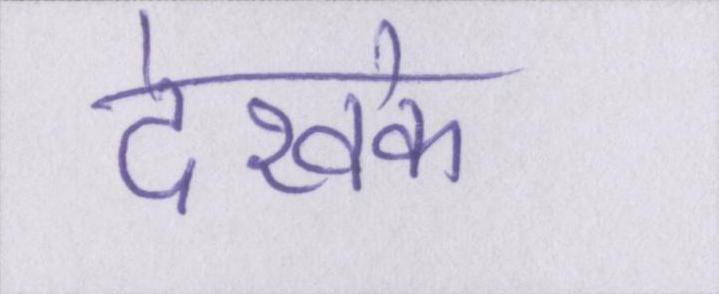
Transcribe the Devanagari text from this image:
देखके